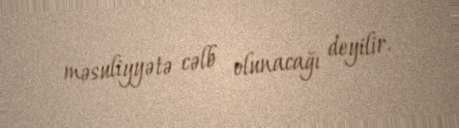
məsuliyyətə cəlb olunacağı deyilir.